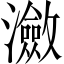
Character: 瀲